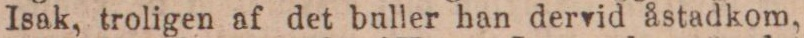
Isak, troligen af det buller han dervid åstadkom,